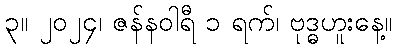
၃။ ၂၀၂၄၊ ဇန်နဝါရီ ၁ ရက်၊ ဗုဒ္ဓဟူးနေ့။